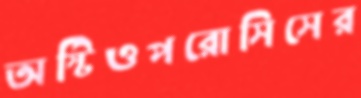
অস্টিওপরোসিসের